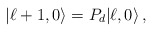
\begin{align*} |\ell+1,0\rangle = P_d|\ell,0\rangle\,,\end{align*}